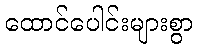
ထောင်ပေါင်းများစွာ